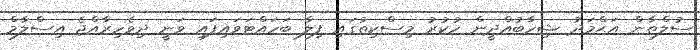
ސުލްޠާން އަޙްމަދު ޝިހާބުއްދީން ހުކުރު މިސްކިތުގައި ފިލާ ބަހައްޓަވައިފައި ވަނީ ދިވެހިރާއްޖެ އިސްލާމް